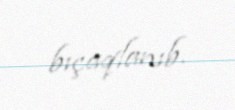
bıçaqlanıb.